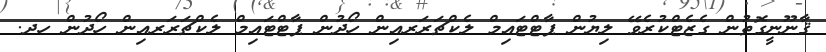
ޤާނޫނީގޮތުން ގެޒެޓްކުރެވޭ ލިޔުން ޕާޓްޓައިމް ލެކްޗަރަރއިން ހޯދުން ޕާޓްޓައިމް ލެކްޗަރަރއިން ހޯދުން ހދ.